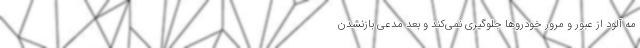
مه آلود از عبور و مرور خودروها جلوگیری نمی‌کند و بعد مدعی بازنشدن